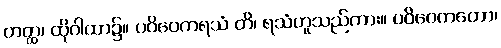
တတ္ထ၊ ထိုဂါထာ၌။ ပဝိဝေကရသံ တိ၊ ရသံဟူသည်ကား။ ပဝိဝေကတော၊